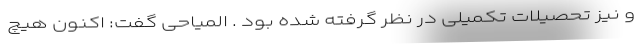
و نیز تحصیلات تکمیلی در نظر گرفته شده بود . المیاحی گفت: اکنون هیچ